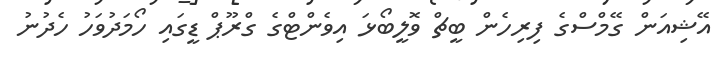
އޭޝިއަން ގޭމްސްގެ ފިރިހެން ބީޗް ވޮލީބޯޅަ އިވެންޓްގެ ގްރޫޕް ޑީގައި ހޯމަދުވަހު ހެދުނު